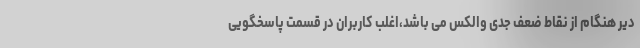
دیر هنگام از نقاط ضعف جدی والکس می باشد،اغلب کاربران در قسمت پاسخگویی